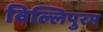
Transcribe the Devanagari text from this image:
विल्लिपुरम